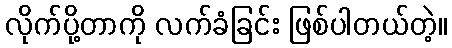
လိုက်ပို့တာကို လက်ခံခြင်း ဖြစ်ပါတယ်တဲ့။